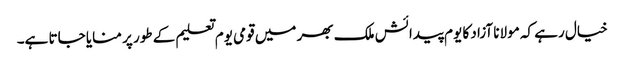
خیال رہے کہ مولانا آزاد کا یوم پیدائش ملک بھر میں قومی یوم تعلیم کے طور پر منایا جاتا ہے۔